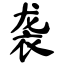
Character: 袭